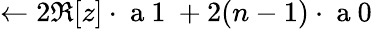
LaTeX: \leftarrow 2\Re[z]\cdot\mathrm{~a~1~}+2(n-1)\cdot\mathrm{~a~0~}